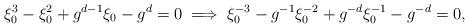
LaTeX: \begin{align*}\xi_0^3-\xi_0^2+g^{d-1}\xi_0-g^d=0\implies\xi_0^{-3}-g^{-1}\xi_0^{-2}+g^{-d}\xi_0^{-1}-g^{-d}=0,\end{align*}